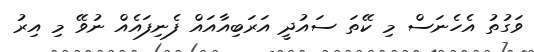
ވަގުތު އެހެނަސް މި ކޭތަ ސައުދީ އަރަބިއާއައް ފެނިފައެއް ނުވޭ މި އިރު